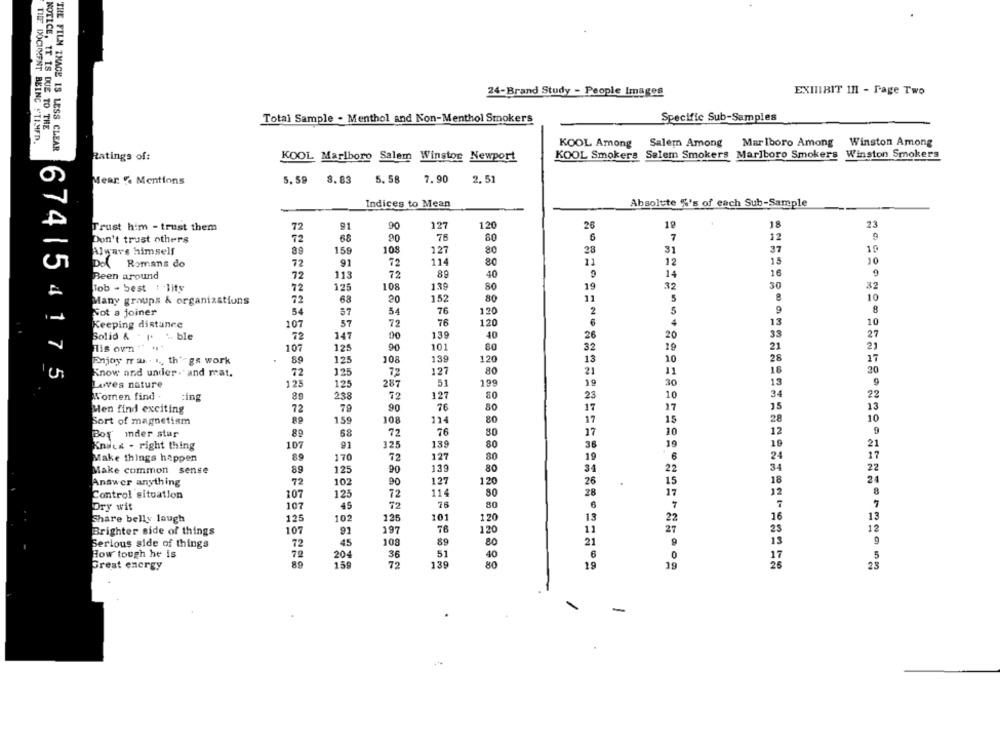
24-Brand Study - People Images
EXITIBIT IH - Page Two
Total Sample . Menthol and Non-Menthol Smokers
Specific Sub-Samples
NOTICE, IT IS DUE TO THE
TILE DOCUMENT BEING STIMED.
KOOL Among
Salem Among
Mar Iboro Among
Winston Among
THE FILM IMAGE IS LESS CLEAR
Ratings of:
KOOL Marlboro Salem Winstor Newport
KOOL Smokers Salem Smokers Marlboro Smokers Winston Smokers
Mear . Mentions
5. 59
8.83
5. 58
7.90
2, 51
Indices to Mean
Absolute %'s of each Sub-Sample
Trust him - trust them
72
91
90
127
120
26
1º
18
23
Don't trust others
72
68
20
75
80
6
7
12
108
37
Always himself
159
127
80
28
31
De
Romans do
72
91
72
114
11
12
15
10
80
Been around
72
113
72
40
14
16
72
125
108
139
19
32
30
32
lob - Sest : lity
80
Many groups & organizations
72
68
20
152
80
5
8
10
8
Not a joiner
87
54
76
130
2
5
9
107
72
76
120
6
13
10
Keeping distance
37
Solid & . 1. ... ble
72
147
90
139
40
26
20
33
27
101
32
21
21
His ovn "" "
107
125
90
19
Enjoy mr a . I ., th" gs work
89
125
108
139
120
13
10
28
37
20
Know and under. and mat.
72
125
72
127
80
21
11
16
674| 54175
125
125
287
51
199
19
30
13
9
Larves nature
Women find .
:ing
238
72
127
80
25
10
34
22
80
17
15
13
Men find exciting
72
79
90
17
Sort of magnetism
159
108
11-
80
17
15
28
10
Boy Inder star
89
68
72
76
80
17
10
12
91
139
19
19
21
Knack - right thing
107
325
80
36
89
170
72
127
80
19
6
24
17
Make things happen
22
Make common sense
89
125
90
139
80
34
22
34
72
102
127
120
15
18
24
Answer anything
90
26
Control situation
107
125
72
114
80
28
17
12
76
80
7
Dry wit
107
45
6
7
7
Share belly laugh
125
102
125
101
120
22
16
13
Brighter side of things
107
91
197
76
120
11
27
23
12
108
89
80
21
13
9
Serious side of things
72
45
9
How tough he is
72
204
36
51
40
0
5
17
Great energy
159
72
139
80
19
19
26
25
-